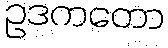
ဥဒကတော